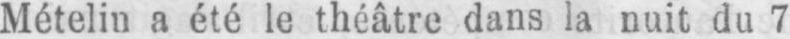
Mételin a été le théâtre dans la nuit du 7